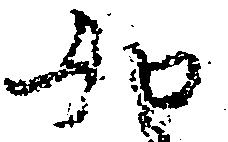
如